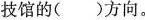
技馆的()方向。